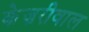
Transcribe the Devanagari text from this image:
केज़रीवाल